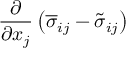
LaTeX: { \frac { \partial } { \partial x _ { j } } } \left( { \overline { { \sigma } } } _ { i j } - { \tilde { \sigma } } _ { i j } \right)